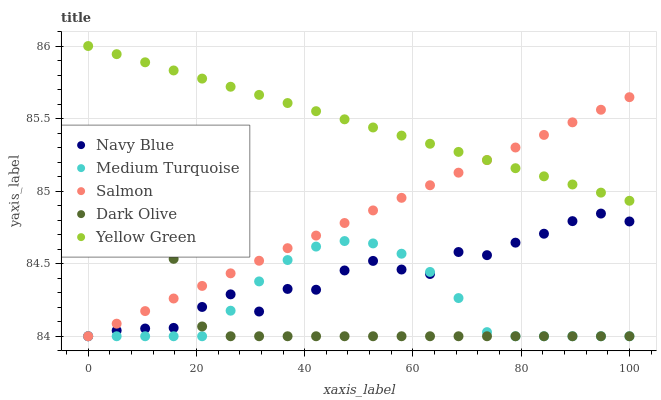
| xaxis_label | Navy Blue | Medium Turquoise | Salmon | Dark Olive | Yellow Green |
 | --- | --- | --- | --- | --- | --- |
 | 0 | 84 | 84 | 84 | 84.6 | 86 |
 | 5.26 | 84 | 84 | 84.1 | 84.8 | 85.9 |
 | 10.5 | 84.1 | 84 | 84.2 | 84.8 | 85.9 |
 | 15.8 | 84.1 | 84 | 84.3 | 84.5 | 85.8 |
 | 21.1 | 84.2 | 84 | 84.3 | 84.1 | 85.8 |
 | 26.3 | 84.3 | 84.2 | 84.4 | 84 | 85.7 |
 | 31.6 | 84.2 | 84.4 | 84.5 | 84 | 85.7 |
 | 36.8 | 84.3 | 84.5 | 84.6 | 84 | 85.6 |
 | 42.1 | 84.3 | 84.6 | 84.7 | 84 | 85.6 |
 | 47.4 | 84.5 | 84.7 | 84.8 | 84 | 85.5 |
 | 52.6 | 84.5 | 84.6 | 84.9 | 84 | 85.4 |
 | 57.9 | 84.5 | 84.6 | 85 | 84 | 85.4 |
 | 63.2 | 84.4 | 84.4 | 85 | 84 | 85.3 |
 | 68.4 | 84.6 | 84.3 | 85.1 | 84 | 85.3 |
 | 73.7 | 84.6 | 84 | 85.2 | 84 | 85.2 |
 | 78.9 | 84.6 | 84 | 85.3 | 84 | 85.2 |
 | 84.2 | 84.7 | 84 | 85.4 | 84 | 85.1 |
 | 89.5 | 84.8 | 84 | 85.5 | 84 | 85 |
 | 94.7 | 84.8 | 84 | 85.6 | 84 | 85 |
 | 100 | 84.8 | 84 | 85.6 | 84 | 84.9 |